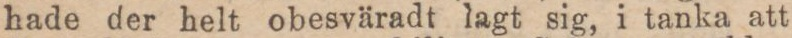
hade der helt obesväradt lagt sig, i tanka att